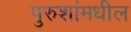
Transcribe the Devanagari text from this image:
पुरुशांमधील